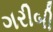
ગરીબી